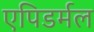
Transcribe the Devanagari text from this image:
एपिडर्मल